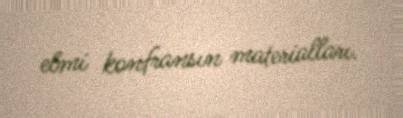
elmi konfransın materialları.